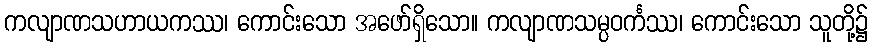
ကလျာဏသဟာယကဿ၊ ကောင်းသော အဖော်ရှိသော။ ကလျာဏသမ္ပဝင်္ကဿ၊ ကောင်းသော သူတို့၌